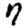
Digit: 7